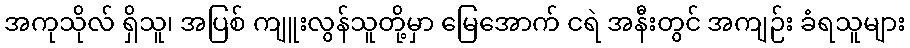
အကုသိုလ် ရှိသူ၊ အပြစ် ကျူးလွန်သူတို့မှာ မြေအောက် ငရဲ အနီးတွင် အကျဉ်း ခံရသူများ